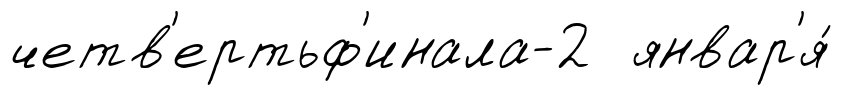
четв'ертьф'инала-2 январ'я́